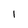
Character: 1